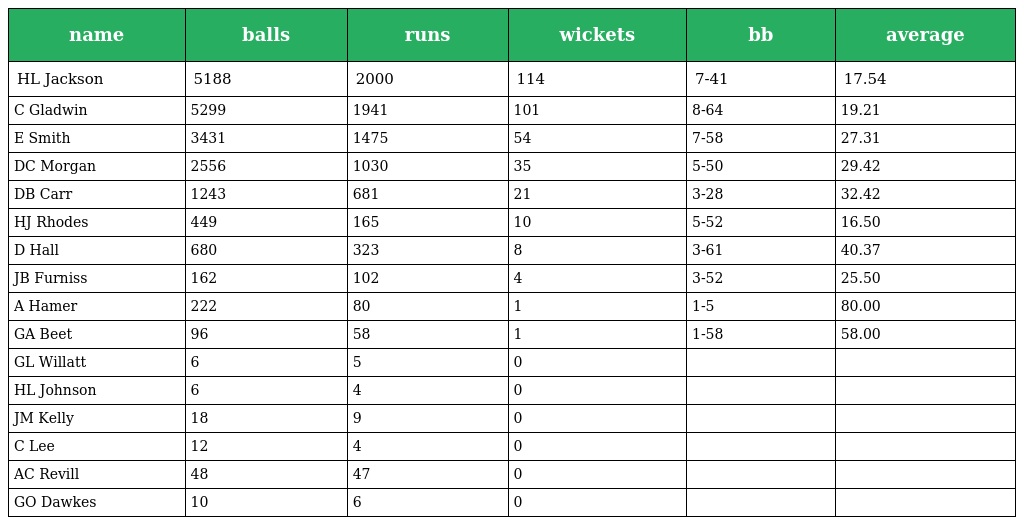
| name | balls | runs | wickets | bb | average |
 | --- | --- | --- | --- | --- | --- |
 | HL Jackson | 5188 | 2000 | 114 | 7-41 | 17.54 |
 | C Gladwin | 5299 | 1941 | 101 | 8-64 | 19.21 |
 | E Smith | 3431 | 1475 | 54 | 7-58 | 27.31 |
 | DC Morgan | 2556 | 1030 | 35 | 5-50 | 29.42 |
 | DB Carr | 1243 | 681 | 21 | 3-28 | 32.42 |
 | HJ Rhodes | 449 | 165 | 10 | 5-52 | 16.50 |
 | D Hall | 680 | 323 | 8 | 3-61 | 40.37 |
 | JB Furniss | 162 | 102 | 4 | 3-52 | 25.50 |
 | A Hamer | 222 | 80 | 1 | 1-5 | 80.00 |
 | GA Beet | 96 | 58 | 1 | 1-58 | 58.00 |
 | GL Willatt | 6 | 5 | 0 |  |  |
 | HL Johnson | 6 | 4 | 0 |  |  |
 | JM Kelly | 18 | 9 | 0 |  |  |
 | C Lee | 12 | 4 | 0 |  |  |
 | AC Revill | 48 | 47 | 0 |  |  |
 | GO Dawkes | 10 | 6 | 0 |  |  |